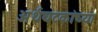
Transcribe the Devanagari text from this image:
अर्थघटकांच्या